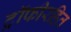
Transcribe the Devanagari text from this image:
ट्रॉफीरहित